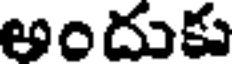
అందుకు